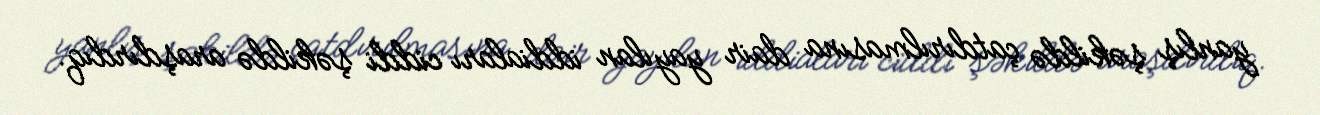
yanlış şəkildə çatdırılmasına dair yayılan iddiaları ciddi şəkildə araşdırdıq.